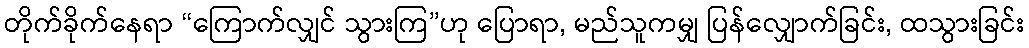
တိုက်ခိုက်နေရာ “ကြောက်လျှင် သွားကြ”ဟု ပြောရာ, မည်သူကမျှ ပြန်လျှောက်ခြင်း, ထသွားခြင်း